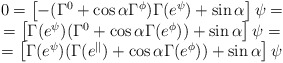
\begin{align*}\begin{array}{c}0=\left[-(\Gamma^0+\cos\alpha\Gamma^{\phi})\Gamma(e^{\psi})+\sin\alpha\right]\psi=\\=\left[\Gamma(e^{\psi})(\Gamma^0+\cos\alpha\Gamma(e^{\phi}))+\sin\alpha\right]\psi=\\=\left[\Gamma(e^{\psi})(\Gamma(e^{||})+\cos\alpha\Gamma(e^{\phi}))+\sin\alpha\right]\psi\end{array}\end{align*}